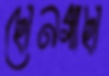
ছোনগাছা